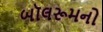
બૉલરૂમનો